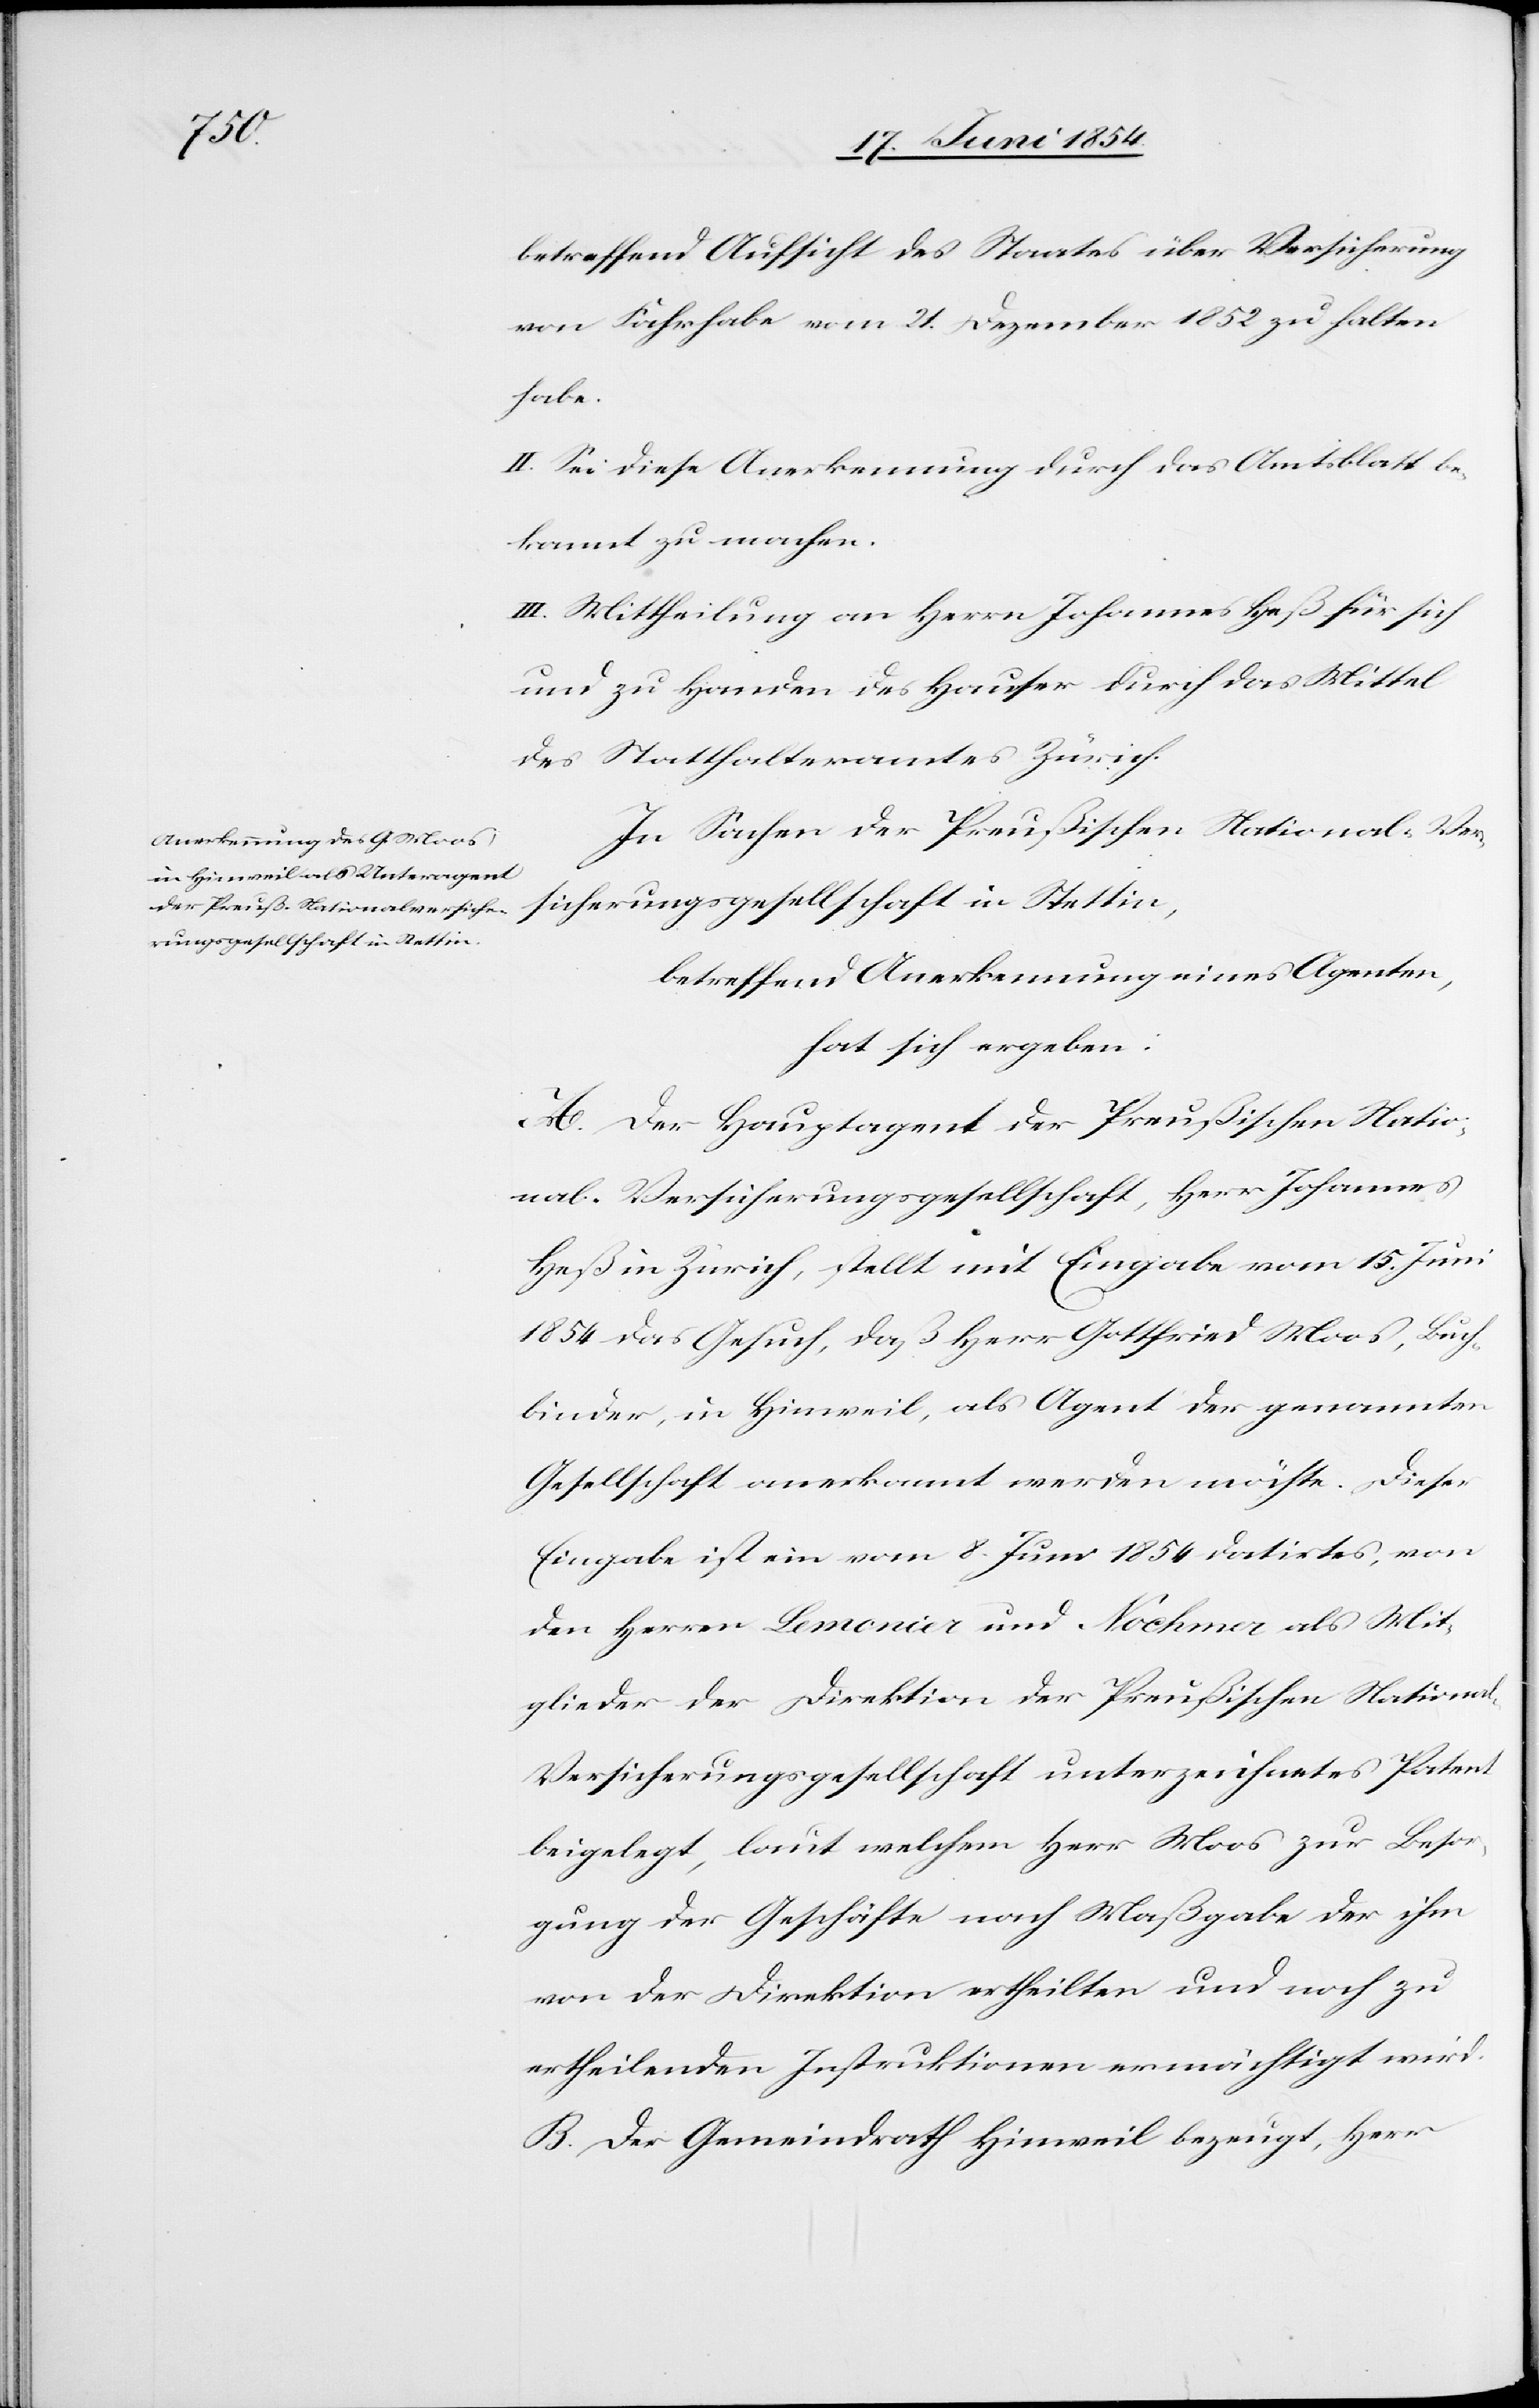
betreffend Aufsicht des Staates über Versicherung
von Fahrhabe vom 31. Dezember 1852 zu halten
habe.
II. Sei diese Anerkennung durch das Amtsblatt be¬
kannt zu machen.
III. Mittheilung an Herrn Johannes Heß für sich
und zu Handen des Hauser durch das Mittel
des Statthalteramtes Zürich.
In Sachen der Preußischen National-Ver¬
sicherungsgesellschaft in Stettin,
betreffend Anerkennung eines Agenten,
hat sich ergeben:
A. Der Hauptagent der Preußischen Natio¬
nal-Versicherungsgesellschaft, Herr Johannes
Heß in Zürich, stellt mit Eingabe vom 15. Juni
1854 das Gesuch, daß Herr Gottfried Moos, Buch¬
binder, in Hinweil, als Agent der genannten
Gesellschaft anerkannt werden möchte. Dieser
Eingabe ist ein vom 8. Juni 1854 datirtes, von
den Herren Lemonier und Nochmer als Mit¬
glieder der Direktion der Preußischen Nationa¬
l-Versicherungsgesellschaft unterzeichnetes Patent
beigelegt, laut welchem Herr Moos zur Besor¬
gung der Geschäfte nach Maßgabe der ihm
von der Direktion ertheilten und noch zu
ertheilenden Instruktionen ermächtigt wird.
B. Der Gemeindrath Hinweil bezeugt, Herr